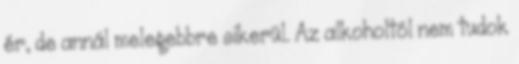
ér, de annál melegebbre sikerül. Az alkoholtól nem tudok